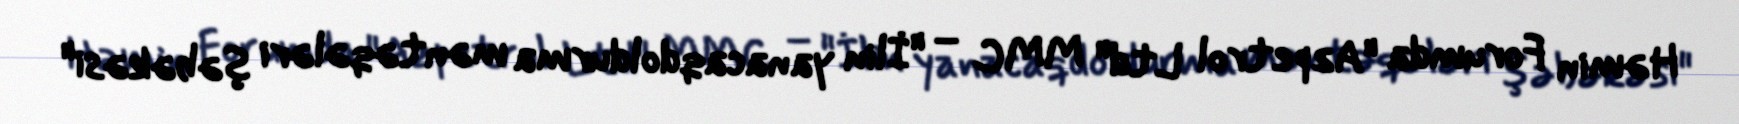
Həmin Forumda "Azpetrol Ltd" MMC – "İlin yanacaqdoldurma məntəqələri şəbəkəsi"